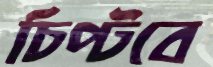
চিপ্‌টবে